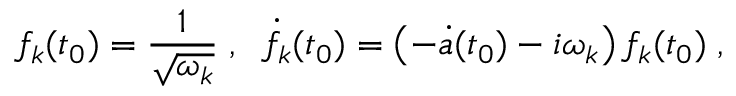
f _ { k } ( t _ { 0 } ) = \frac { 1 } { \sqrt { \omega _ { k } } } \; , \; \; \dot { f } _ { k } ( t _ { 0 } ) = \left( - \dot { a } ( t _ { 0 } ) - i \omega _ { k } \right) f _ { k } ( t _ { 0 } ) \; ,